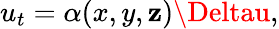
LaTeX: u_{t}=\alpha(x,y,\mathbf{z})\Deltau,